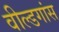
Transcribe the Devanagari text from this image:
वील्डगांस